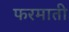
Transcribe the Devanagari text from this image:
फरमाती